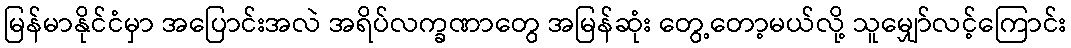
မြန်မာနိုင်ငံမှာ အပြောင်းအလဲ အရိပ်လက္ခဏာတွေ အမြန်ဆုံး တွေ့တော့မယ်လို့ သူမျှော်လင့်ကြောင်း